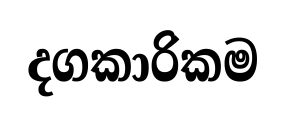
දගකාරිකම